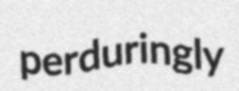
perduringly